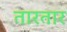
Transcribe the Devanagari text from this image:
तारतार